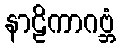
နာဠိကာဂဗ္ဘံ